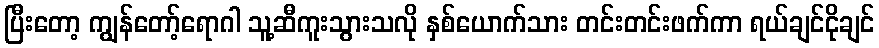
ပြီးတော့ ကျွန်တော့်ရောဂါ သူ့ဆီကူးသွားသလို နှစ်ယောက်သား တင်းတင်းဖက်ကာ ရယ်ချင်ငိုချင်